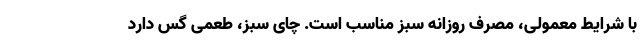
با شرایط معمولی، مصرف روزانه سبز مناسب است. چای سبز، طعمی گس دارد